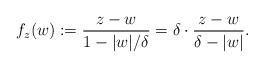
LaTeX: \begin{align*}f_{z}(w) : = \frac{z-w}{1-|w|/\delta} = \delta \cdot \frac{z-w}{\delta - |w|}.\end{align*}